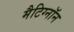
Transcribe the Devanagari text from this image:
मैटिग्नॉन